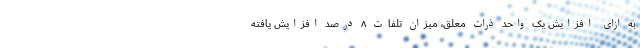
به ازای افزایش یک واحد ذرات معلق، میزان تلفات ۸ درصد افزایش یافته